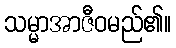
သမ္မာအာဇီဝမည်၏။